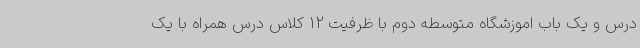
درس و یک باب اموزشگاه متوسطه دوم با ظرفیت 12 کلاس درس همراه با یک